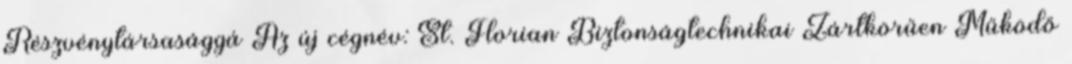
Részvénytársasággá Az új cégnév: St. Florian Biztonságtechnikai Zártkörűen Működő